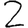
Digit: 2